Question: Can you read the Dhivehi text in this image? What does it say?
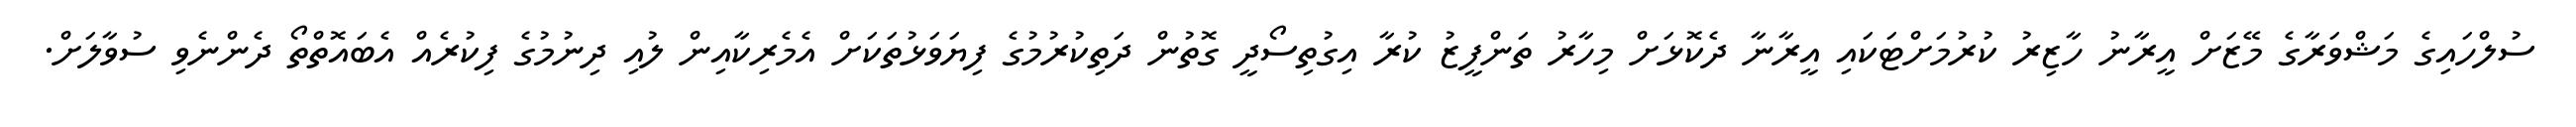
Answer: ސުލްހައިގެ މަޝްވަރާގެ މޭޒަށް އީރާނު ހާޒިރު ކުރުމަށްޓަކައި އީރާނާ ދެކޮޅަށް މިހާރު ތަންފީޒު ކުރާ އިގުތިސޯދީ ގޮތުން ދަތިކުރުމުގެ ފިޔަވަޅުތަކަށް އެމެރިކާއިން ލުއި ދިނުމުގެ ފިކުރެއް އެބައޮތްތޯ ދެންނެވި ސުވާލަށް.